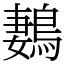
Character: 鶈